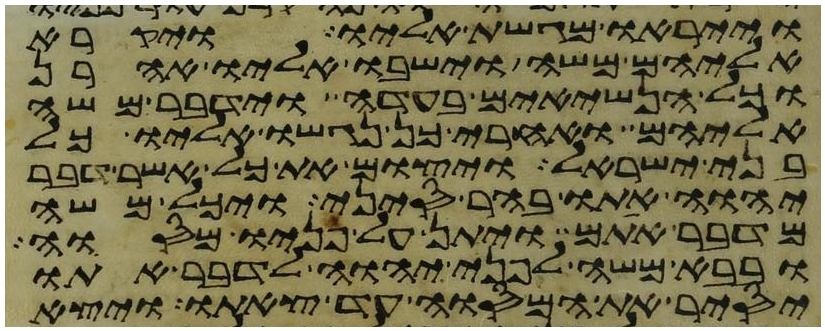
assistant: וייראו מגשת אליו ויקרא
אליהם משה וישבו אליו אהרן
וכל הנשיאים בעדה וידבר משה
אליהם ואחרי כן נגשו אליו כל
בני ישראל ויצום את כל אשר דבר
יהוה אתו בהר סיני ויכל משה
מדבר אתם ויתן על פניו מסוה
ובבא משה לפני יהוה לדבר אתו
יסיר את המסוה עד צאתו ויצא